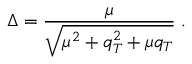
\Delta = \frac { \mu } { \sqrt { \mu ^ { 2 } + q _ { T } ^ { 2 } + \mu q _ { T } } } \; .